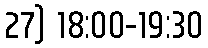
27) 18:00-19:30